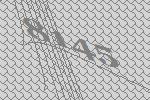
8145